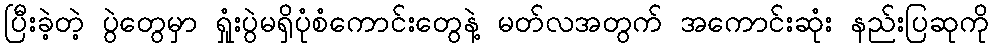
ပြီးခဲ့တဲ့ ပွဲတွေမှာ ရှုံးပွဲမရှိပုံစံကောင်းတွေနဲ့ မတ်လအတွက် အကောင်းဆုံး နည်းပြဆုကို